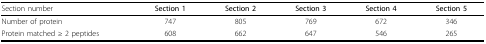
| Section number | Section 1 | Section 2 | Section 3 | Section 4 | Section 5 |
 | --- | --- | --- | --- | --- | --- |
 | Number of protein | 747 | 805 | 769 | 672 | 346 |
 | Protein matched ≥ 2 peptides | 608 | 662 | 647 | 546 | 265 |